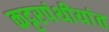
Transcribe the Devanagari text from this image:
कट्टरपंथीयांत